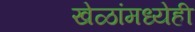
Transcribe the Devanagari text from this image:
खेळांमध्येही